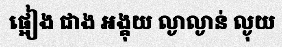
ផ្អៀង ជាង អង្គុយ ល្ងាល្ងាន់ ល្ងុយ